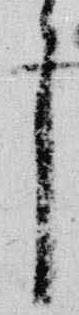
了